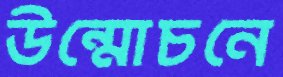
উন্মোচনে